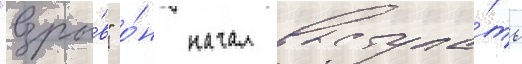
"взры́в" о́н начал выступа́ть